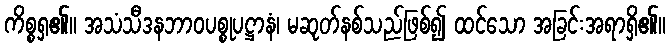
ကိစ္စရှ၏။ အသံသီဒနဘာဝပစ္စုပဋ္ဌာနံ၊ မဆုတ်နစ်သည်ဖြစ်၍ ထင်သော အခြင်းအရာရှိ၏။